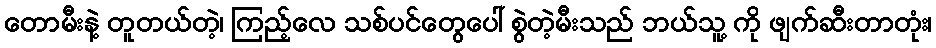
တောမီးနဲ့ တူတယ်တဲ့၊ ကြည့်လေ သစ်ပင်တွေပေါ် စွဲတဲ့မီးသည် ဘယ်သူ့ ကို ဖျက်ဆီးတာတုံး၊